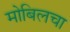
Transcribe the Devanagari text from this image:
मोबिलचा